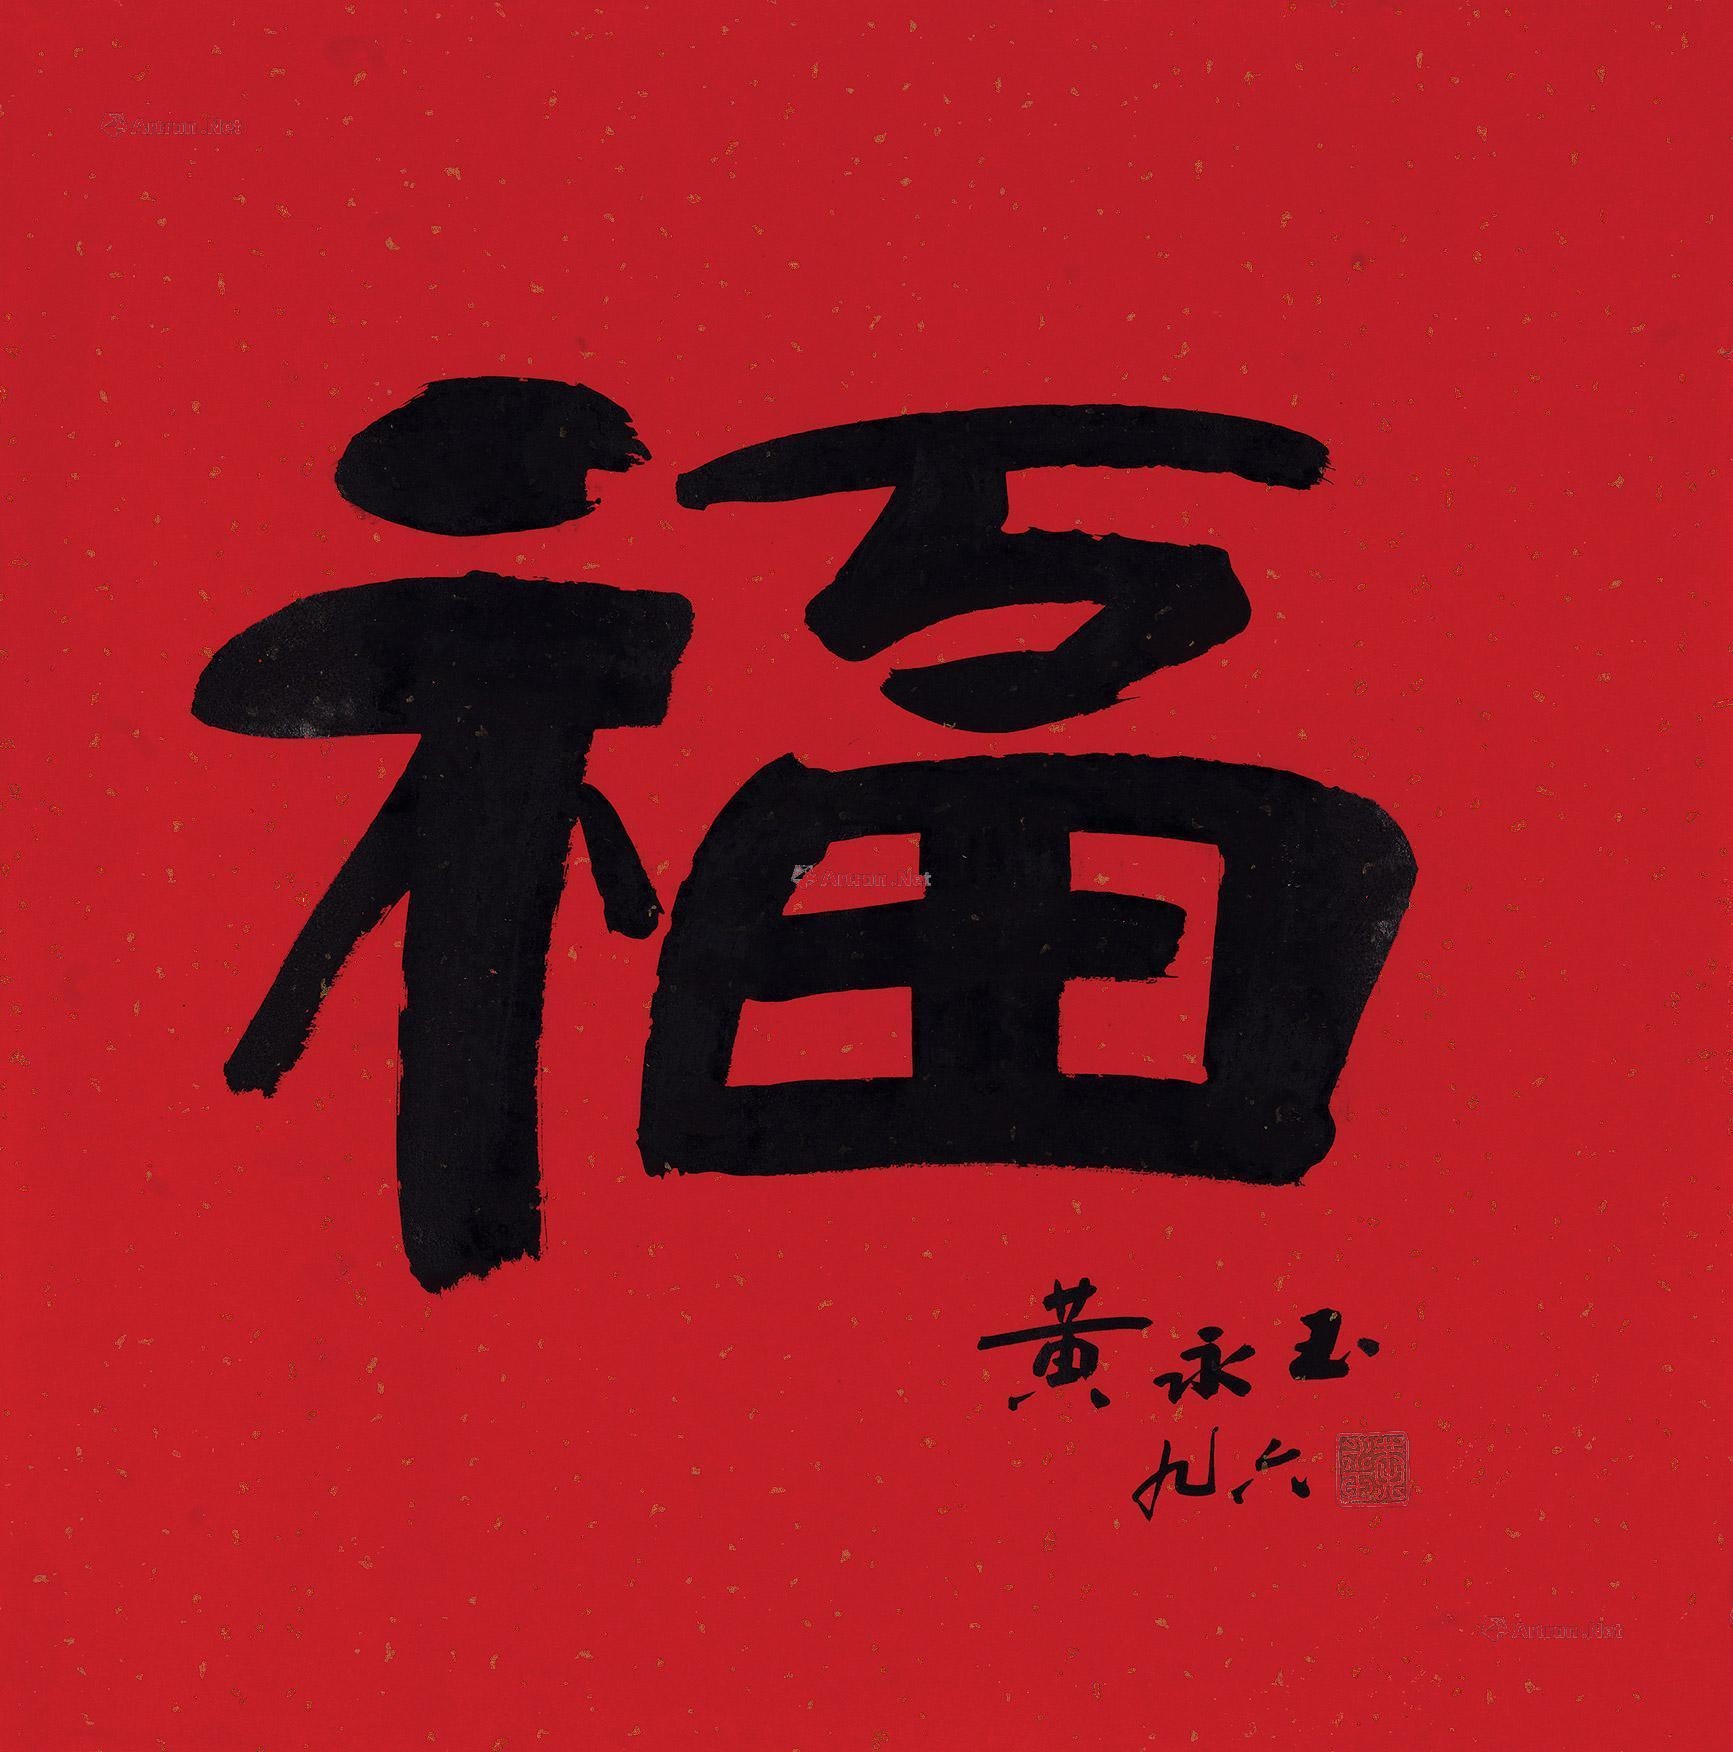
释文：福黄永玉。九六。